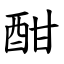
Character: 酣